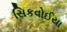
સિકવોઈયા